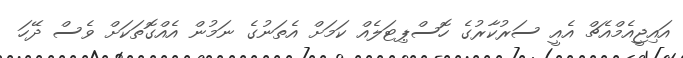
އައިޖީއެމްއެޗް އެއީ ސަރުކާރުގެ ހޮސްޕިޓަލެއް ކަމަށް އެތަނުގެ ނަމުން އެއްގޮތަކަށް ވެސް ދޭހަ